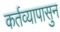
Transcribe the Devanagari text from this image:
कर्तव्यापासुन